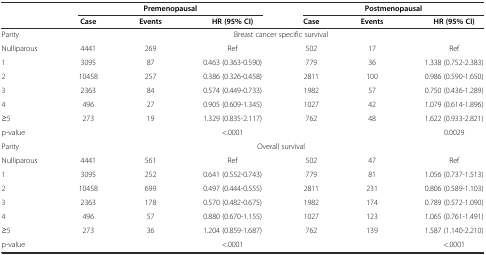
<table><thead><tr><td rowspan="2"></td><td colspan="3"><b>Premenopausal</b></td><td colspan="3"><b>Postmenopausal</b></td></tr><tr><td><b>Case</b></td><td><b>Events</b></td><td><b>HR (95% CI)</b></td><td><b>Case</b></td><td><b>Events</b></td><td><b>HR (95% CI)</b></td></tr></thead><tbody><tr><td>Parity</td><td colspan="6">Breast cancer specific survival</td></tr><tr><td>Nulliparous</td><td>4441</td><td>269</td><td>Ref</td><td>502</td><td>17</td><td>Ref</td></tr><tr><td>1</td><td>3095</td><td>87</td><td>0.463 (0.363-0.590)</td><td>779</td><td>36</td><td>1.338 (0.752-2.383)</td></tr><tr><td>2</td><td>10458</td><td>257</td><td>0.386 (0.326-0.458)</td><td>2811</td><td>100</td><td>0.986 (0.590-1.650)</td></tr><tr><td>3</td><td>2363</td><td>84</td><td>0.574 (0.449-0.733)</td><td>1982</td><td>57</td><td>0.750 (0.436-1.289)</td></tr><tr><td>4</td><td>496</td><td>27</td><td>0.905 (0.609-1.345)</td><td>1027</td><td>42</td><td>1.079 (0.614-1.896)</td></tr><tr><td>≥5</td><td>273</td><td>19</td><td>1.329 (0.835-2.117)</td><td>762</td><td>48</td><td>1.622 (0.933-2.821)</td></tr><tr><td>p-value</td><td></td><td></td><td>&lt;.0001</td><td></td><td></td><td>0.0029</td></tr><tr><td>Parity</td><td colspan="6">Overall survival</td></tr><tr><td>Nulliparous</td><td>4441</td><td>561</td><td>Ref</td><td>502</td><td>47</td><td>Ref</td></tr><tr><td>1</td><td>3095</td><td>252</td><td>0.641 (0.552-0.743)</td><td>779</td><td>81</td><td>1.056 (0.737-1.513)</td></tr><tr><td>2</td><td>10458</td><td>699</td><td>0.497 (0.444-0.555)</td><td>2811</td><td>231</td><td>0.806 (0.589-1.103)</td></tr><tr><td>3</td><td>2363</td><td>178</td><td>0.570 (0.482-0.675)</td><td>1982</td><td>174</td><td>0.789 (0.572-1.090)</td></tr><tr><td>4</td><td>496</td><td>57</td><td>0.880 (0.670-1.155)</td><td>1027</td><td>123</td><td>1.065 (0.761-1.491)</td></tr><tr><td>≥5</td><td>273</td><td>36</td><td>1.204 (0.859-1.687)</td><td>762</td><td>139</td><td>1.587 (1.140-2.210)</td></tr><tr><td>p-value</td><td></td><td></td><td>&lt;.0001</td><td></td><td></td><td>&lt;.0001</td></tr></tbody></table>